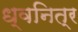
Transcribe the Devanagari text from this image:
ध्वनित्र